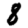
Digit: 8